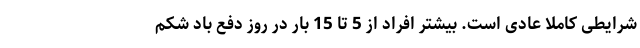
شرایطی کاملا عادی است. بیشتر افراد از 5 تا 15 بار در روز دفع باد شکم